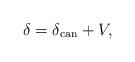
LaTeX: \begin{align*}\delta =\delta _{{\rm can}}+V,\end{align*}